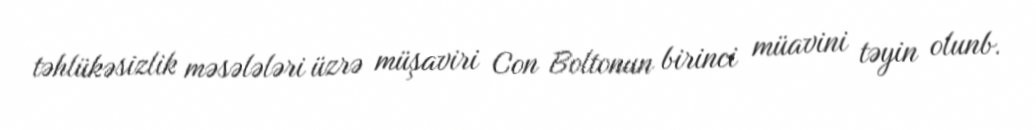
təhlükəsizlik məsələləri üzrə müşaviri Con Boltonun birinci müavini təyin olunb.